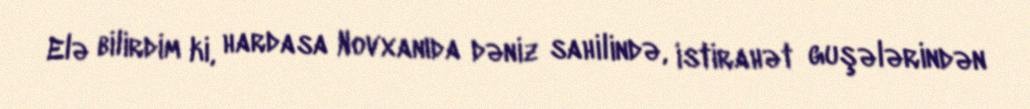
Elə bilirdim ki, hardasa Novxanıda dəniz sahilində, istirahət guşələrindən